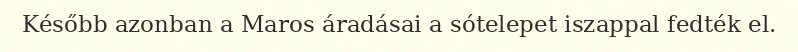
Később azonban a Maros áradásai a sótelepet iszappal fedték el.